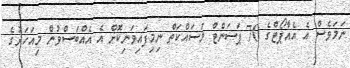
ނަމަވެސް އެ އެއާޕޯޓްގެ 70 ޕަސަންޓް މަސައްކަތް ނިމިފައިވަނިކޮށް އެ އެއްބަސްވުން މިއަހަރުގެ